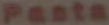
Pasta